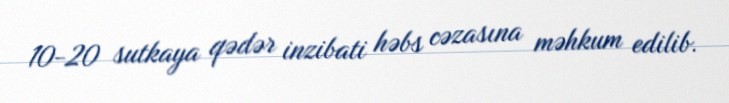
10-20 sutkaya qədər inzibati həbs cəzasına məhkum edilib.